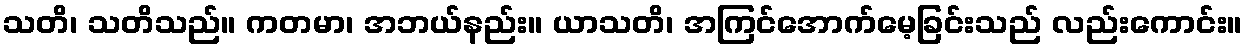
သတိ၊ သတိသည်။ ကတမာ၊ အဘယ်နည်း။ ယာသတိ၊ အကြင်အောက်မေ့ခြင်းသည် လည်းကောင်း။